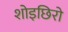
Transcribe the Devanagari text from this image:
शोइछिरो